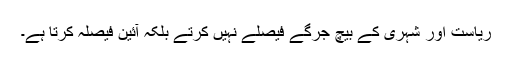
ریاست اور شہری کے بیچ جرگے فیصلے نہیں کرتے بلکہ آئین فیصلہ کرتا ہے۔